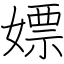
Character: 嫖